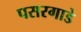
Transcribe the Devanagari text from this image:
पसरगाडे